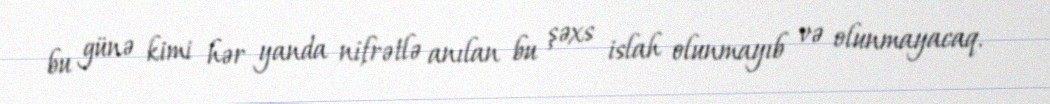
bu günə kimi hər yanda nifrətlə anılan bu şəxs islah olunmayıb və olunmayacaq.